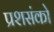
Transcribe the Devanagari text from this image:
प्रशसंको